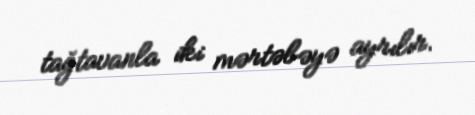
tağtavanla iki mərtəbəyə ayrılır.